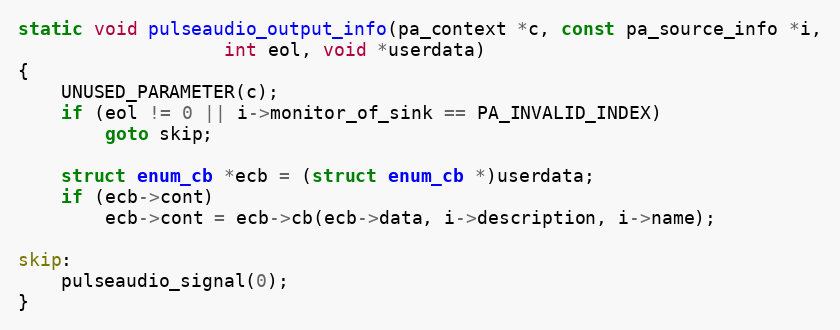
Language: C
static void pulseaudio_output_info(pa_context *c, const pa_source_info *i,
				   int eol, void *userdata)
{
	UNUSED_PARAMETER(c);
	if (eol != 0 || i->monitor_of_sink == PA_INVALID_INDEX)
		goto skip;

	struct enum_cb *ecb = (struct enum_cb *)userdata;
	if (ecb->cont)
		ecb->cont = ecb->cb(ecb->data, i->description, i->name);

skip:
	pulseaudio_signal(0);
}